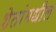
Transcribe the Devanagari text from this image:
शेतांमधील